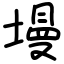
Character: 墁